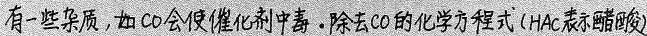
##有一些杂质，如CO会使催化剂中毒。除去CO的化学反应方程式(HAc表示醋酸)##